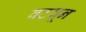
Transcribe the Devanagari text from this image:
वटवून